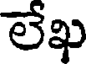
లేఖ